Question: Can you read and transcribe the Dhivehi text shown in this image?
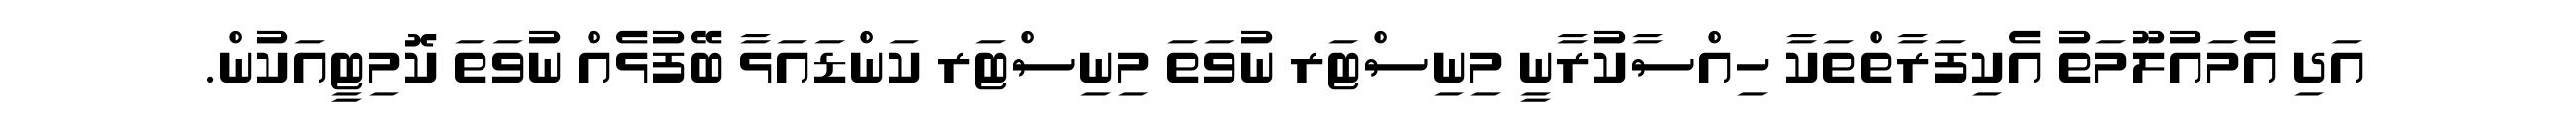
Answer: އަދި އެމައުލޫމަތު އެކިފަރާތްތަކާ ހިއްސާކުރާނީ މިނިސްޓަރ ނުވަތަ މިނިސްޓަރ ކަންޑައަޅާ ބޭފުޅެއް ނުވަތަ ކޮމިޓީއަކުން.